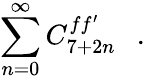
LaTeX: \sum_{n=0}^{\infty}C_{7+2n}^{ff^{\prime}}\ \ \ .